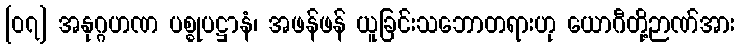
[၀၇] အနုဂ္ဂဟဏ ပစ္စုပဋ္ဌာနံ၊ အဖန်ဖန် ယူခြင်းသဘောတရားဟု ယောဂီတို့ဉာဏ်အား